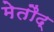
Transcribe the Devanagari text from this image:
मेतौद्